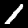
Digit: 1